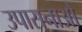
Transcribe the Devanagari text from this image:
उपासनाओ